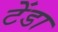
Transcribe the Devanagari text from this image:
टेंडा